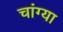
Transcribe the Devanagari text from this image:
चांग्या